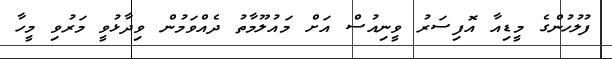
ފުލުހުންގެ މީޑިއާ އޮފިސަރު ވީނިއުސް އަށް މައުލޫމާތު ދެއްވަމުން ވިދާޅުވީ މަރުވި މީހާ